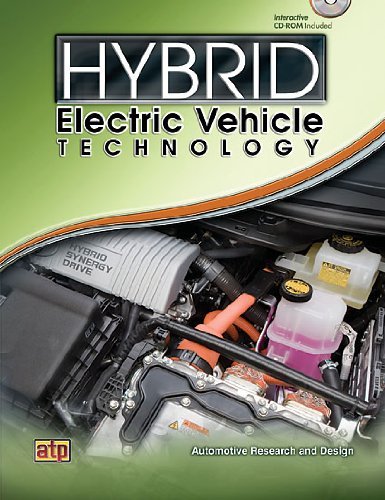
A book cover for Hybrid Electric Vehicle Technology [Paperback] [2009] (Author) Automotive Research and Design; Engineering & Transportation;